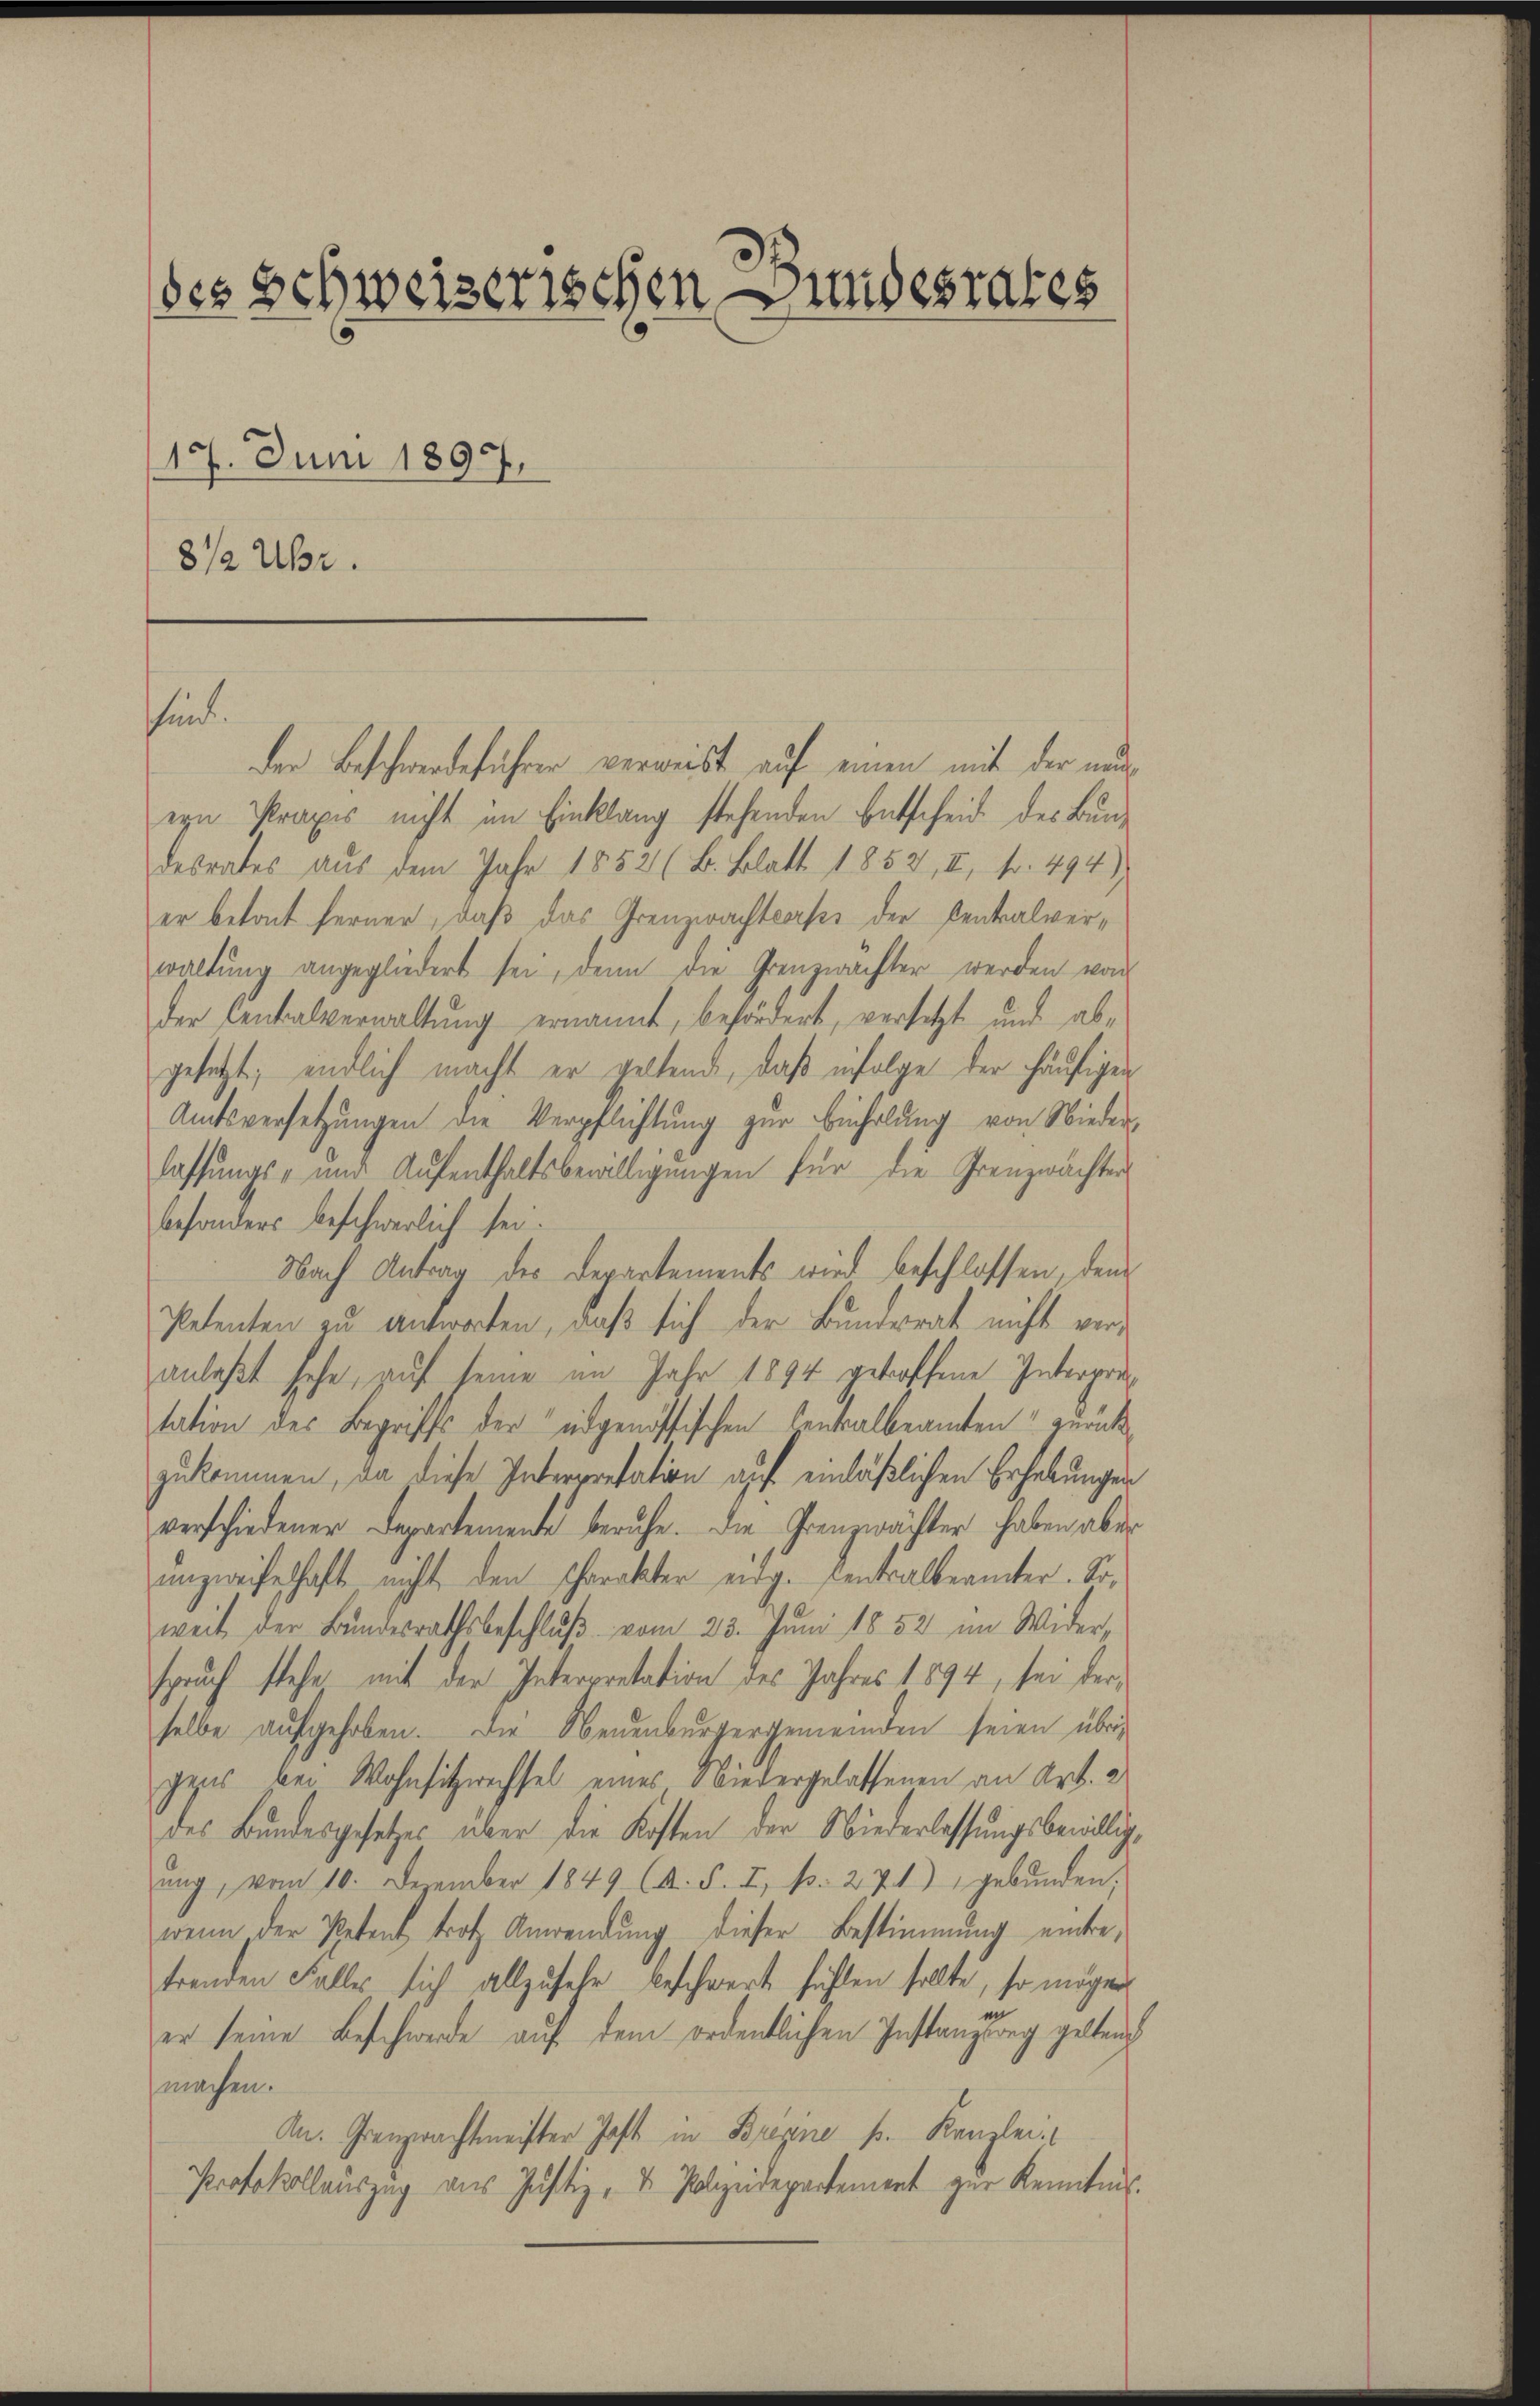
des Schweizerischen Bundesrates
17. Juni 1897.
8 1/2 Uhr.

sind.

der Beschwerdeführen verweist auf einen mit der nu
ern Praxis nicht im Einklang stehenden Entscheid des Bundesrates aus dem Jahr 1852 (B. Blatt 1852, II, fr. 494)
er betont ferner, daß das Grenzwachtcass der Centralverwaltung angegliedert sei, denn die Grenzwachter werden von
der Centalverwaltŭng ernannt, befördert, versetzt und ab-
gesetzt; endlich macht er geltend, daß infolge der häufigen
Amtsversetzungen die Verpflichtung zur Führung von Niederlassŭngs- und Aŭfenthaltsbewilligŭngen für die Grenzwächter
besonders beschwerlich sei.
Nach Antrag des Departements wird beschlossen, den
Petenten zu antworten, daß sich der Bunderat nicht veranlaßt sehe, auf seine im Jahr 1894 getroffene Interprutation des Begriffs der eidgenössischen Centralbeamten zurück-
zukommen, da diese Intertation auf einläßlichen Erhebungen
verschiedener Departemente beruhe. Die Grenzwachter haben aber
unzweifelhaft nicht den scharakter eidg. Centralbeamter. Soweit der Bundesrathsbeschluß vom 23. Juni 1852 im Wider
spruch stehe mit der Interpretation des Jahres 1894, sei derselbe aufgehoben. Die Neuenburgergemeinden seien übrig
gens bei Wohnsitzwechsel eines Niedergelassenen an Art. 2
des Bundesgesetzes über die Kosten der Niederlassungsbewilligung, vom 10. December 1849 (A. S. I, p. 271) gebŭnden,
wenn der Petent trotz Anwendung dieser Bestimmung einbetrenden Falles sich allzusehr beschwert fühlen sollte, so mögen
er seine Beschwerde auf dem ordentlichen Instanzung geltend
machen.
An. Grenzwachtmeister Jost in Brigine p. Kanzlei
Protokollauszug aus Justiz- & Polizeidepartement zur Kenntnis.